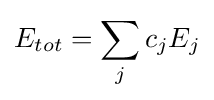
E_{tot}=\sum _{j}c_{j}E_{j}